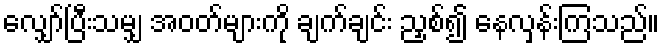
လျှော်ပြီးသမျှ အဝတ်များကို ချက်ချင်း ညှစ်၍ နေလှန်းကြသည်။